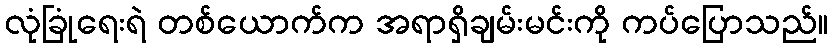
လုံခြုံရေးရဲ တစ်ယောက်က အရာရှိချမ်းမင်းကို ကပ်ပြောသည်။